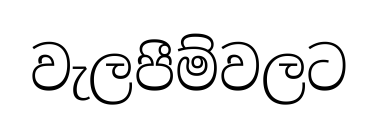
වැලපීම්වලට